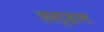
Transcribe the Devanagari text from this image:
डल्हण